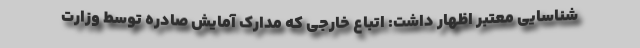
شناسایی معتبر اظهار داشت: اتباع خارجی که مدارک آمایش صادره توسط وزارت